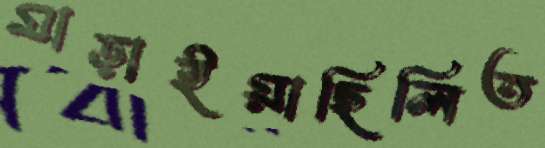
মাড়াইয়াছিলিত